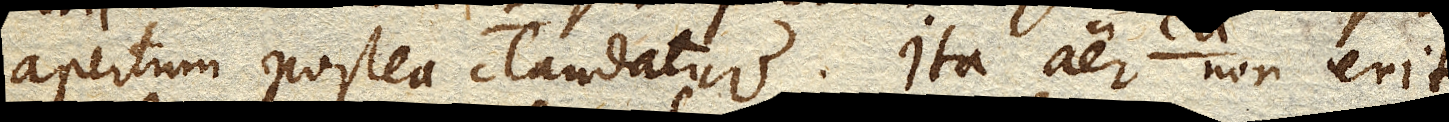
apertum postea claudatur. Ita aer non erit